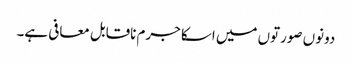
دونوں صورتوں میں اسکا جرم ناقابل معافی ہے۔